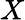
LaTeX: X